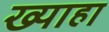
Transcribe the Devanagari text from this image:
ख्याहा